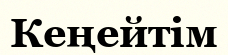
Кеңейтім